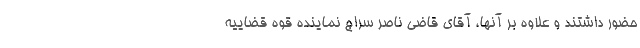
حضور داشتند و علاوه بر آنها، آقای قاضی ناصر سراج نماینده قوه قضاییه